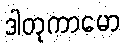
ဒါတုကာမော